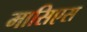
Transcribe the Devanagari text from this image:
मासिएस